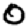
Digit: 0